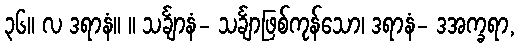
၃၆။ လ ဒရာနံ။ ။ သင်္ချာနံ- သင်္ချာဖြစ်ကုန်သော၊ ဒရာနံ- ဒအက္ခရာ,